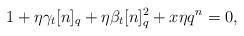
LaTeX: \begin{align*} 1+\eta\gamma_t[n]_q+\eta\beta_t[n]_q^2+x\eta q^n=0,\end{align*}